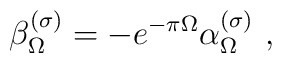
\beta_\Omega^{(\sigma)}=-e^{-\pi\Omega}\alpha_\Omega^{(\sigma)}\ ,